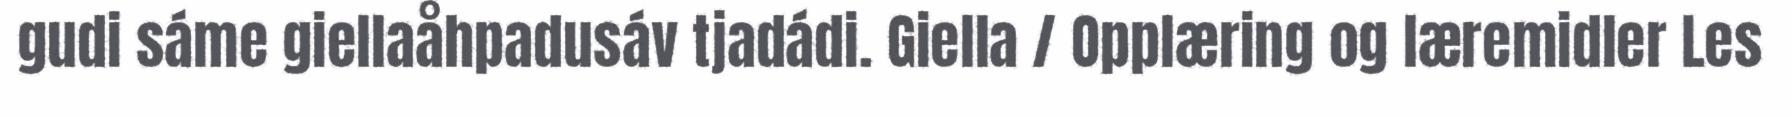
gudi sáme giellaåhpadusáv tjadádi. Giella / Opplæring og læremidler Les